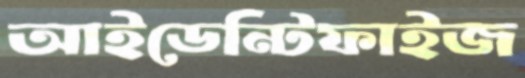
আইডেন্টিফাইজ